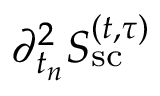
{ \partial _ { t _ { n } } ^ { 2 } S _ { \mathrm { s c } } ^ { ( t , \tau ) } }